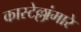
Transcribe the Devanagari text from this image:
कास्टेल्लांमारे